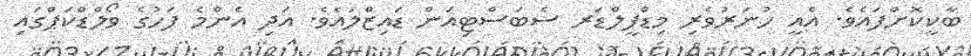
ބާކީކޮށްފައެވެ. އެއީ ހުނަރުވެރި މިޑްފީލްޑަރ ސެބަސްޓިއަން ޑައިޒްލައެވެ. އަދި އެންމެ ފަހުގެ ވޯލްޑްކަޕްގައި